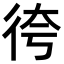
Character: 𢓢